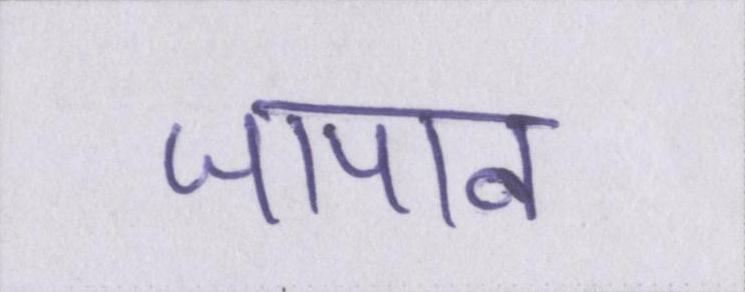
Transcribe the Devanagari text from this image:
जापान